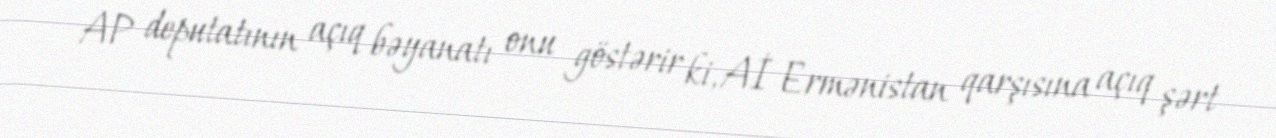
AP deputatının açıq bəyanatı onu göstərir ki, Aİ Ermənistan qarşısına açıq şərt